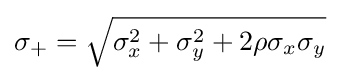
\sigma _{+}={\sqrt {\sigma _{x}^{2}+\sigma _{y}^{2}+2\rho \sigma _{x}\sigma _{y}}}